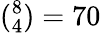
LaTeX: (_{4}^{8})=70